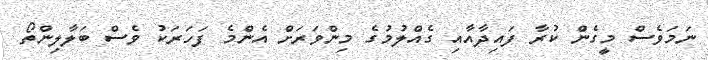
ނަމަވެސް މީގެން ކުރާ ފައިދާއާއި ގެއްލުމުގެ މިންވަރަށް އެންމެ ފަހަރަކު ވެސް ބަލާލިންތޯ